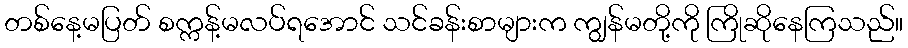
တစ်နေ့မပြတ် စက္ကန့်မလပ်ရအောင် သင်ခန်းစာများက ကျွန်မတို့ကို ကြိုဆိုနေကြသည်။